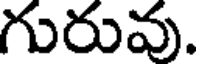
గురువు.